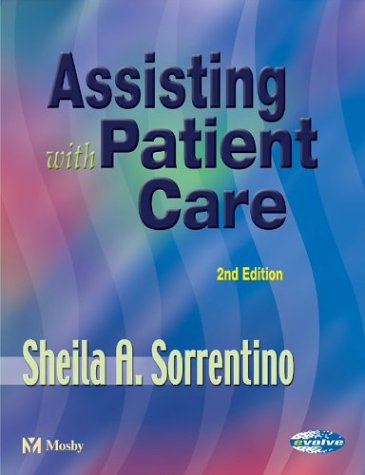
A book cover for Assisting with Patient Care, 2e; Sheila A. Sorrentino; Medical Books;